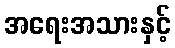
အရေးအသားနှင့်